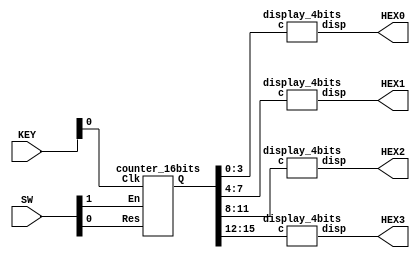
module ex5_2(KEY, SW, HEX0, HEX1, HEX2, HEX3);
    input [3:0] KEY;
    input [1:0] SW;
    output [6:0] HEX0, HEX1, HEX2, HEX3;

    wire [15:0] Q;
    counter_16bits c0(Q, KEY[0], SW[1], SW[0]);

    display_4bits d0(HEX0, Q[3:0]);
    display_4bits d1(HEX1, Q[7:4]);
    display_4bits d2(HEX2, Q[11:8]);
    display_4bits d3(HEX3, Q[15:12]);
endmodule

module counter_16bits(Q, Clk, En, Res);
    input Clk, En, Res;
    output reg [15:0] Q = 16'b0;

    always @ (posedge Clk)
    begin
        if(~Res | Q == {16{1'b1}})
            Q <= 16'b0;
        else if (En)
            Q <= Q + 1;
    end
endmodule

module display_4bits(disp, c);
    input [3:0] c;
    output reg [6:0] disp;
    always @ (c)
    begin
        case (c)
            0: disp = 7'b1000000;
            1: disp = 7'b1111001;
            2: disp = 7'b0100100;
            3: disp = 7'b0110000;
            4: disp = 7'b0011001;
            5: disp = 7'b0010010;
            6: disp = 7'b0000010;
            7: disp = 7'b1111000;
            8: disp = 7'b0000000;
            9: disp = 7'b0010000;
            10: disp = 7'b0001000;
            11: disp = 7'b0000011;
            12: disp = 7'b1000110;
            13: disp = 7'b0100001;
            14: disp = 7'b0000110;
            15: disp = 7'b0001110;
        endcase
    end
endmodule